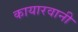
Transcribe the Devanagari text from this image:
कायारवानी